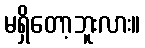
မရှိတော့ဘူးလား။